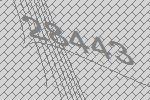
28443